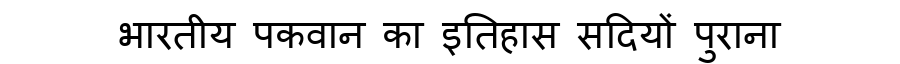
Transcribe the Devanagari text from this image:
भारतीय पकवान का इतिहास सदियों पुराना